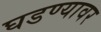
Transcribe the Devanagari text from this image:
घडण्यावर